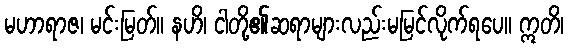
မဟာရာဇ၊ မင်းမြတ်။ နဟိ၊ ငါတို့၏ဆရာများလည်းမမြင်လိုက်ရပေ။ ဣတိ၊